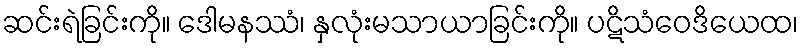
ဆင်းရဲခြင်းကို။ ဒေါမနဿံ၊ နှလုံးမသာယာခြင်းကို။ ပဋိသံဝေဒိယေထ၊